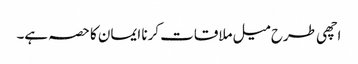
اچھی طرح میل ملاقات کرنا ایمان کا حصہ ہے۔